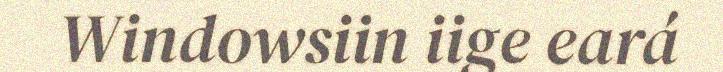
Windowsiin iige eará